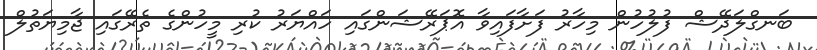
ބަނގްލަދޭޝް ފުލުހުން މިހާރު ފަށާފައިވާ އޮޕަރޭޝަންގައި ހައްޔަރު ކުރި މީހުންގެ ތެރޭގައި ޖާމިޔަތުލް